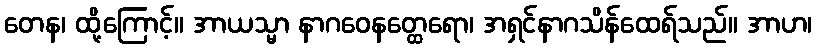
တေန၊ ထို့ကြောင့်။ အာယသ္မာ နာဂဝေနတ္ထေရော၊ အရှင်နာဂသိန်ထေရ်သည်။ အာဟ၊